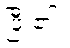
ပြီး၏။